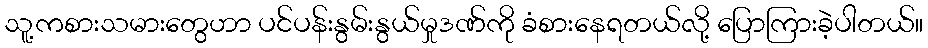
သူ့ကစားသမားတွေဟာ ပင်ပန်းနွမ်းနွယ်မှုဒဏ်ကို ခံစားနေရတယ်လို့ ပြောကြားခဲ့ပါတယ်။